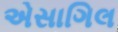
એસાગિલ